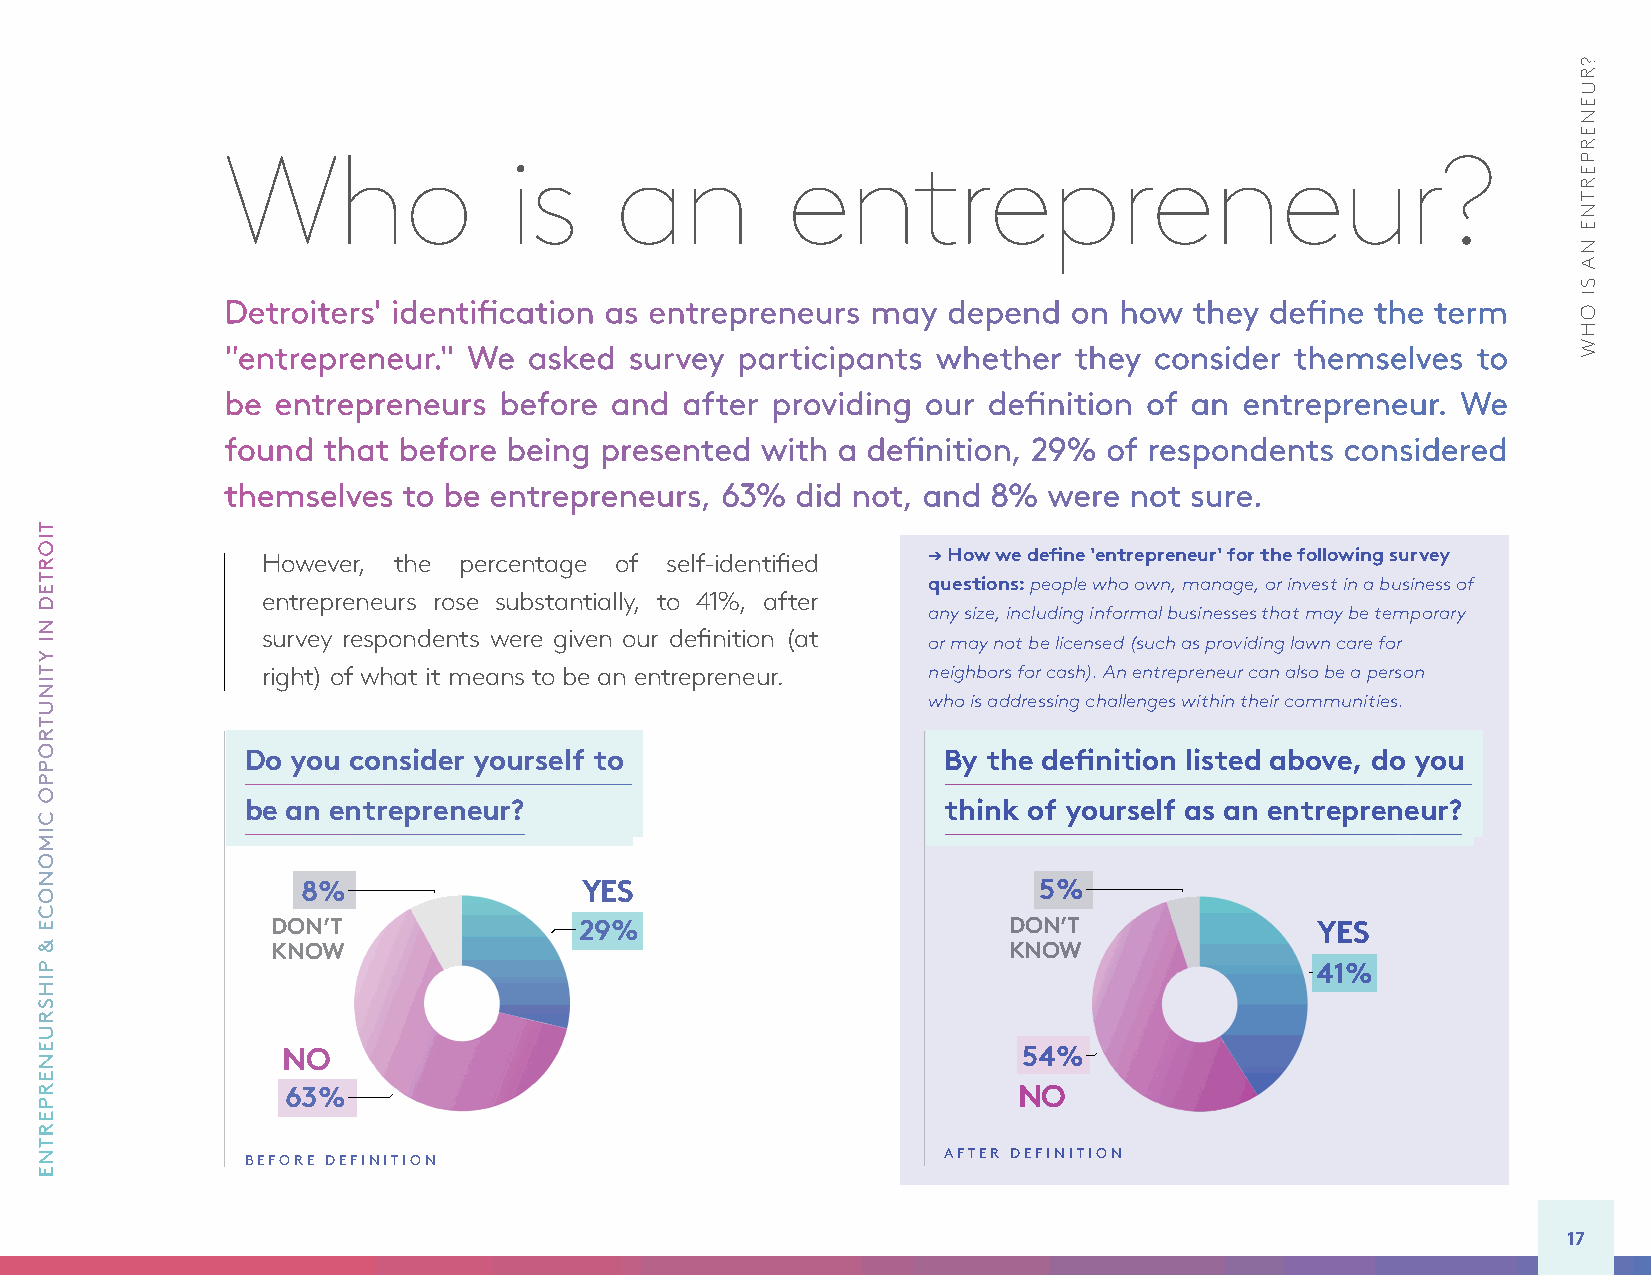
Who                is     an         entrepreneur?
 Detroiters' identification as entrepreneurs may depend  on how  they define the term
 "entrepreneur." We  asked  survey participants whether  they consider  themselves  to
 be entrepreneurs  before and  after providing our definition of an entrepreneur.  We
 found that before being  presented with a definition, 29% of respondents  considered
 themselves  to be entrepreneurs, 63%  did not, and 8% were  not sure.
 However, the percentage of self-identified  → How we define 'entrepreneur' for the following survey
 questions: people who own, manage, or invest in a business of
 entrepreneurs rose substantially, to 41%, after
 any size, including informal businesses that may be temporary
 survey respondents were given our definition (at
 or may not be licensed (such as providing lawn care for
 right) of what it means to be an entrepreneur. neighbors for cash). An entrepreneur can also be a person
 who is addressing challenges within their communities.
 Do you consider yourself to                   By the definition listed above, do you
 be an entrepreneur?                           think of yourself as an entrepreneur?
 8%                YES                            5%
 DON’T               29%                          DON’T               YES
 KNOW                                             KNOW
 41%
 NO                                               54%
 63%                                             NO
 AFTER DEFINITION
 BEFORE DEFINITION
 17
 TIORTED
 NI
 YTINUTROPPO
 CIMONOCE
 &
 PIHSRUENERPERTNE
 ?RUENERPERTNE
 NA
 SI
 OHW